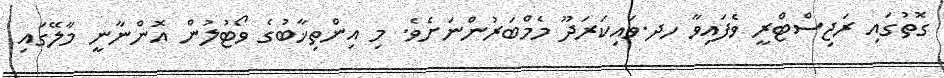
ގޮތުގައި ރަޖިސްޓްރީ ވެފައިވާ ހދ.ވައިކަރަދޫ މެމްބަރުންނަށެވެ. މި އިންތިޚާބުގެ ވޯޓުލުން އޮންނާނީ މާލޭގައި